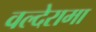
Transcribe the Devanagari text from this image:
वल्देरामा